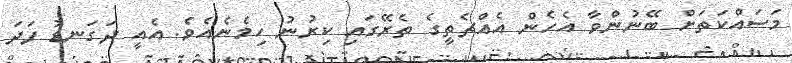
މަސައްކަތަށް ބޭނުންވާ އެހެން އެއްޗެތީގެ ތެރޭގައި ކިރުނު ހިމެނެއެވެ. އެއީ ދަގަނޑު ފަދަ